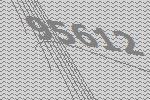
95612